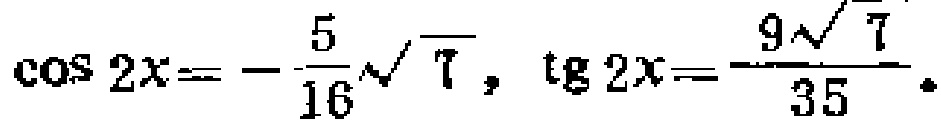
\(\cos 2x = -\frac{5}{16}\sqrt{7}, \ \tg 2x = \frac{9\sqrt{7}}{35}\)